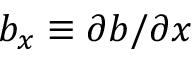
b _ { x } \equiv \partial b / \partial x